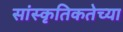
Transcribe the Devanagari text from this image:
सांस्कृतिकतेच्या